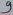
Text: 9